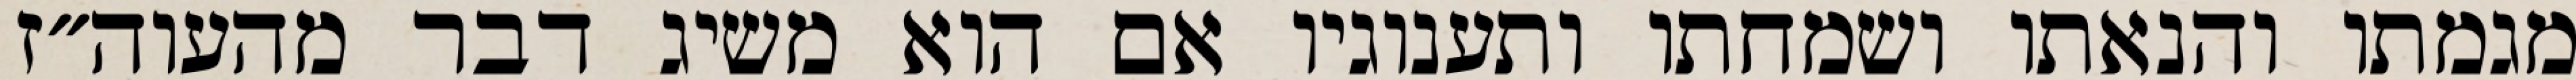
מגמתו והנאתו ושמחתו ותענוגיו אם הוא משיג דבר מהעוה״ז